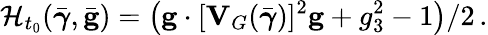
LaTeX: {\cal H}_{t_{0}}(\bar{\boldsymbol{\gamma}},\bar{\mathbf g})=\left({\mathbf g}\cdot[{\mathbf V}_{G}(\bar{\boldsymbol{\gamma}})]^{2}{\mathbf g}+g_{3}^{2}-1\right)/2\, .